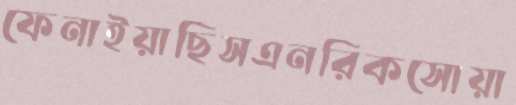
ফেনাইয়াছিসএনরিকসোয়া